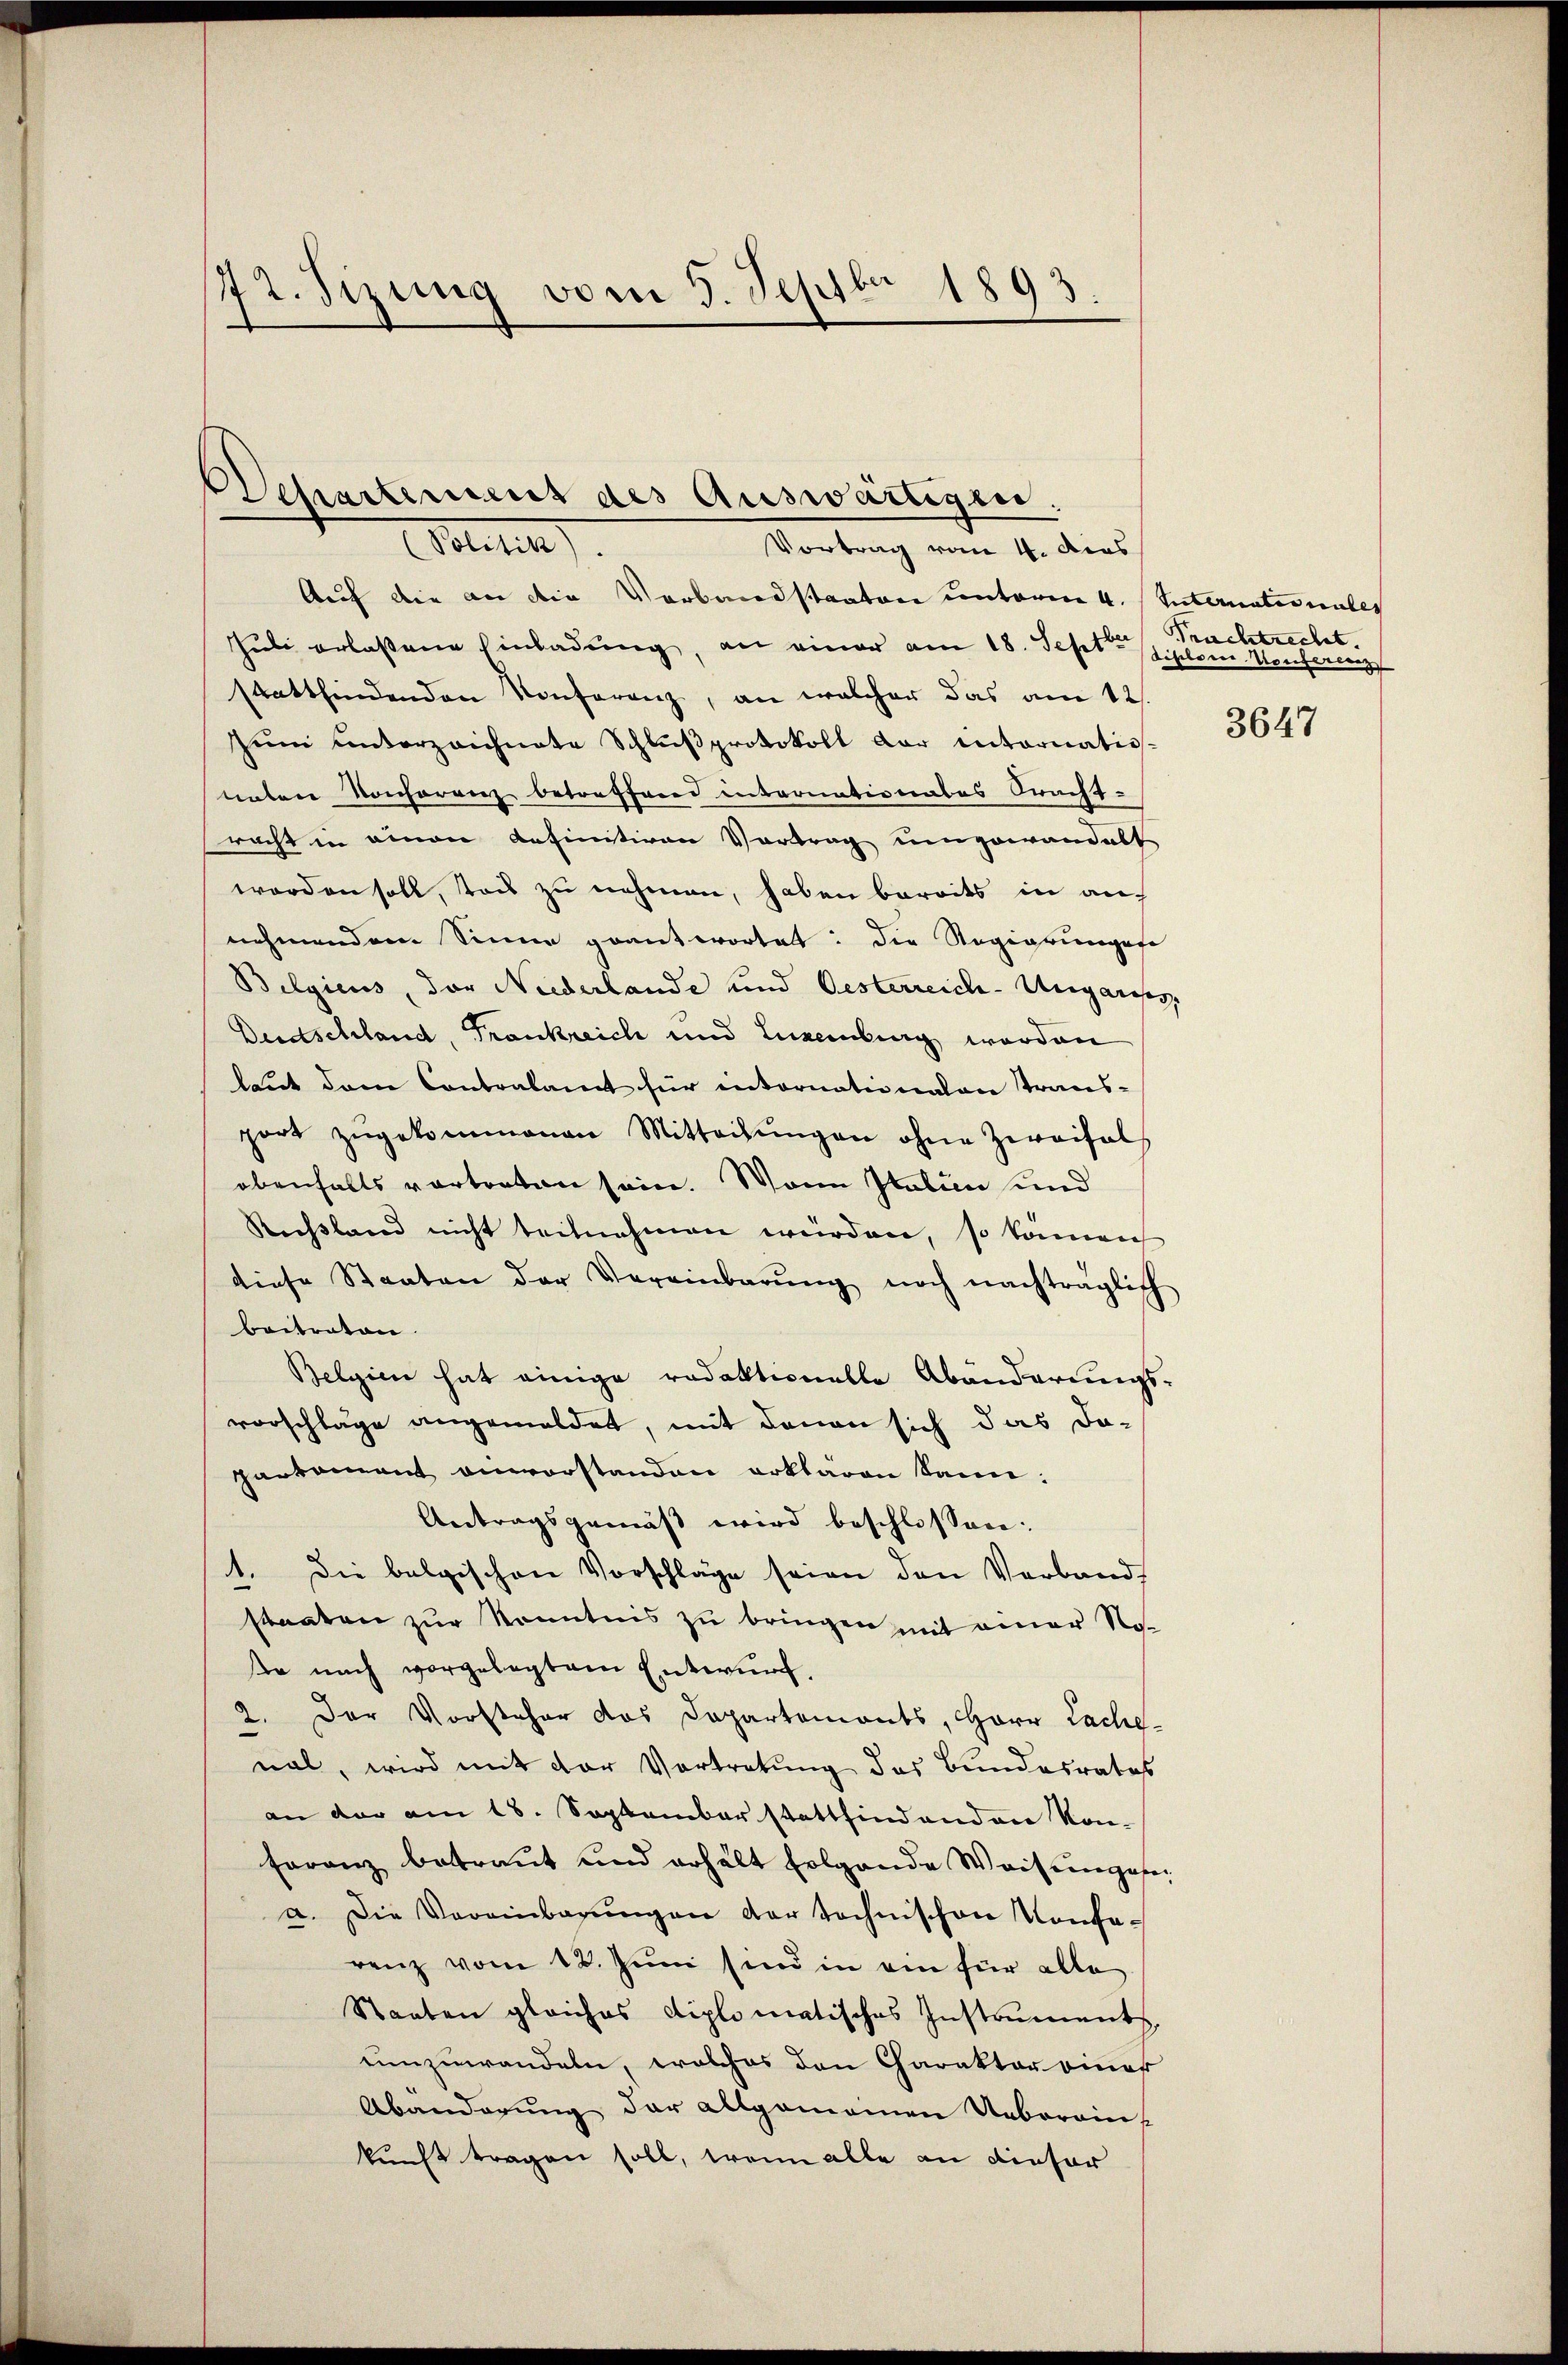
72. Sizung vom 5. Septbr 1893.

Departement des Auswärtigen.

Seiten.
Vortrag vom 4. dies
Auf die an die Verbandstanten unterm 4. Suternates unter
Juli erlassene Einladung, an einer am 18. Sept. Sihlem Konferen
stattfindenden Konferenz, an welcher das am 12.
Züm unterzeichnete Schlußprotokoll dar internatios-
ueber Konferenz betreffend internationates Oracht-
racht in einen definitiven Vortrag umgewandelt
worden soll, taus zu nehmen, haben bereits in auf
nehmendem Sinne geantwortet: die Regierungese
Belgieus, der Niederlande und Oesterreich-Ungariser,
Deidschland, Frankreich und Luxemburg werden
laut dem Contralamt für intornationalen Transport zŭgekommenen Mitteilŭngen ohne Zweifal
obenfalls vortreten sein. Wann Italien und
Russland nicht teilnahmen würden, so können
diese Staaten der Vereinbarŭng noch nachträglich
beitraten.
Belgien hat einige redaktionelle Abänderungs-
vorschläge angemeldet, mit denen sich das da-
partament einvorstanden erklären kann:
Antragsgemäß wird beschlossen:
1. Die belgischen Vorschläge seien den Verband,
staaten zur Kenntnis zu bringen mit einer Noe nach vorgelegtem Entwurf,
2. Der Vorsteher das Dapartemonts, Herr Lache-
nal, wird mit der Vortretung des Bundesrates
an der am 18. September stattfind anden Kon-
feranz betraut und erhält folgende Waisengesea. Die Vereinbarŭngen der technischen Konfa-
renz vom 12. Juni sind in ein für alle
Staaten gleiches diplomatisches Instruments
umzuwandeln, welches den Charakter eines
Abanderŭng der allgemeinen Uebereins
kunft tragen soll, wenn alle an dieser

Prachtrecht.

3647